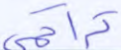
تراكمي